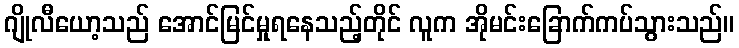
ဂျိုလီယော့သည် အောင်မြင်မှုရနေသည့်တိုင် လူက အိုမင်းခြောက်ကပ်သွားသည်။